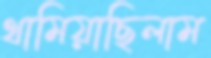
থামিয়াছিলাম